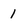
Character: l